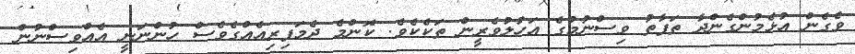
ވެގެން އުޅެމުންގެންދާ ތަފާތު ވިސްނުމުގެ އަހުލުވެރީން ތަކެކެވެ. ކޮންމެ ދެމަފިރިއެއްގެވެސް ހުންނަނީ އެއްވިސްނުން